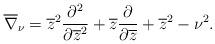
LaTeX: \begin{align*}\overline \nabla_{\nu} = \overline z^2 \frac {\partial^2 } {\partial \overline z^2} + \overline z \frac {\partial } {\partial \overline z} + \overline z^2 - \nu^2 .\end{align*}